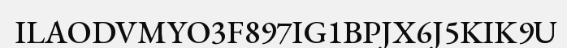
ILAODVMYO3F897IG1BPJX6J5KIK9U